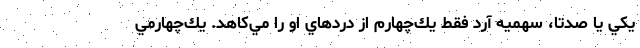
يكي يا صدتا، سهميه آرد فقط يك‌چهارم از دردهاي او را مي‌كاهد. يك‌چهارمي